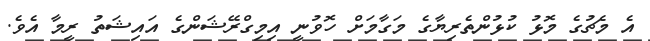
އެ މެޗުގެ މޮޅު ކުޅުންތެރިޔާގެ މަގާމަށް ހޮވުނީ އިމިގްރޭޝަންގެ އައިޝަތު ރީމާ އެވެ.